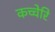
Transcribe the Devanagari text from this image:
कच्चेरि